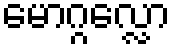
မောဂ္ဂလ္လော